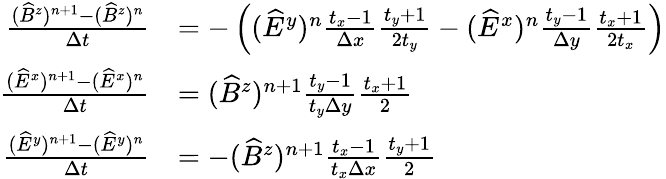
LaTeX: \begin{array}{rl}{\frac{(\widehat B^{z})^{n+1}-(\widehat B^{z})^{n}}{\Delta t}}&{=-\left((\widehat E^{y})^{n}\frac{t_{x}-1}{\Delta x}\frac{t_{y}+1}{2t_{y}}-(\widehat E^{x})^{n}\frac{t_{y}-1}{\Delta y}\frac{t_{x}+1}{2t_{x}}\right)}\\ {\frac{(\widehat E^{x})^{n+1}-(\widehat E^{x})^{n}}{\Delta t}}&{=(\widehat B^{z})^{n+1}\frac{t_{y}-1}{t_{y}\Delta y}\frac{t_{x}+1}{2}}\\ {\frac{(\widehat E^{y})^{n+1}-(\widehat E^{y})^{n}}{\Delta t}}&{=-(\widehat B^{z})^{n+1}\frac{t_{x}-1}{t_{x}\Delta x}\frac{t_{y}+1}{2}}\end{array}